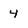
Character: 4